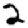
Digit: 2